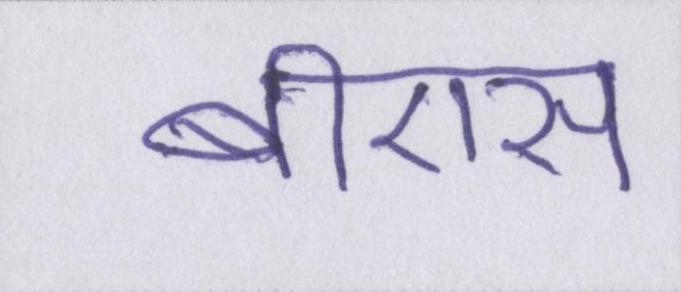
बीएस